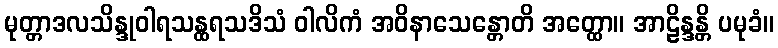
မုတ္တာဒလသိန္ဒုဝါရသန္ထရသဒိသံ ဝါလိကံ အဝိနာသေန္တောတိ အတ္ထော။ အာဠိန္ဒန္တိ ပမုခံ။